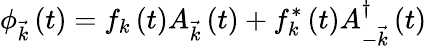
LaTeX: \phi_{\vec{k}}\left(t\right)=f_{k}\left(t\right)A_{\vec{k}}\left(t\right)+f_{k}^{*}\left(t\right)A_{-\vec{k}}^{\dagger}\left(t\right)